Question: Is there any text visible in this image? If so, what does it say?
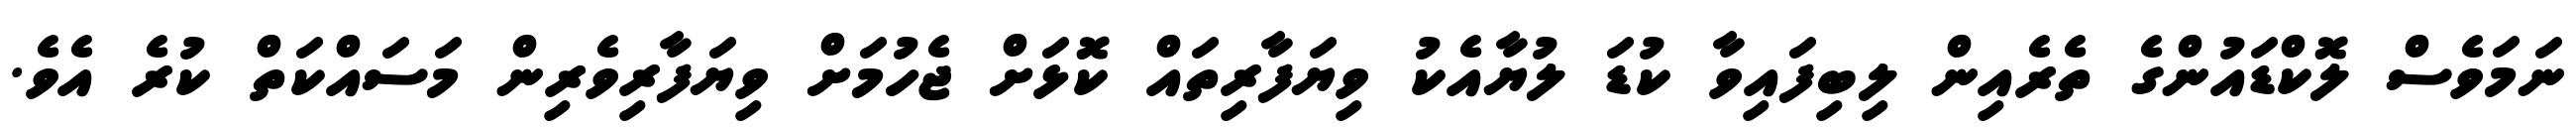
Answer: ނަމަވެސް ލޮކްޑައުންގެ ތެރެއިން ލިބިފައިވާ ކުޑަ ލުޔާއެކު ވިޔަފާރިތައް ކޮޅަށް ޖެހުމަށް ވިޔަފާރިވެރިން މަސައްކަތް ކުރެ އެވެ.